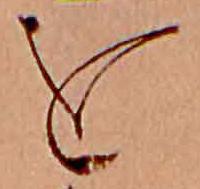
を